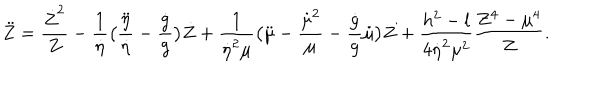
\ddot { Z } = { \frac { \dot { Z } ^ { 2 } } { Z } } - { \frac { 1 } { \dot { \eta } } } \bigl ( { \frac { \ddot { \eta } } { \dot { \eta } } } - { \frac { \dot { g } } { g } } \bigr ) \dot { Z } + { \frac { 1 } { \dot { \eta } ^ { 2 } \mu } } \bigl ( \ddot { \mu } - { \frac { \dot { \mu } ^ { 2 } } { \mu } } - { \frac { \dot { g } } { g } } \dot { \mu } \bigr ) Z + { \frac { h ^ { 2 } - l } { 4 \dot { \eta } ^ { 2 } \mu ^ { 2 } } } { \frac { Z ^ { 4 } - \mu ^ { 4 } } { Z } } .